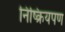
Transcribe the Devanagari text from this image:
निष्क्रियपण